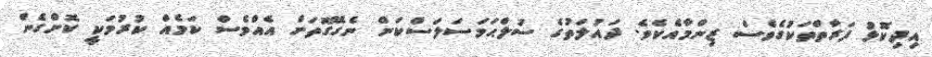
އިދިކޮޅު ފަރާތްތަކުގެވެސް ޒިންމާއެކެވެ. ދައުލަތުގެ ސުލްޙަމަސަލަސްކަން ނެގޭގޮތަށް އެއްވެސް ކަމެއް ކުރުމަކީ ކޮށްގެން